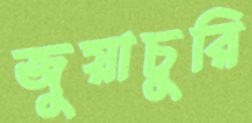
জুয়াচুরি